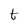
Character: t